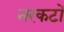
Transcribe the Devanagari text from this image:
नरकटों